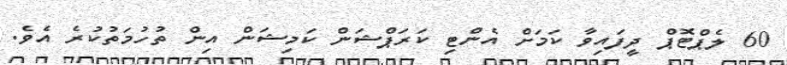
60 ލެޕްޓޮޕް ދީފައިވާ ކަމަށް އެންޓި ކަރަޕްޝަން ކަމިޝަން އިން ތުހުމަތުކުރެ އެވެ.